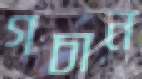
গচান